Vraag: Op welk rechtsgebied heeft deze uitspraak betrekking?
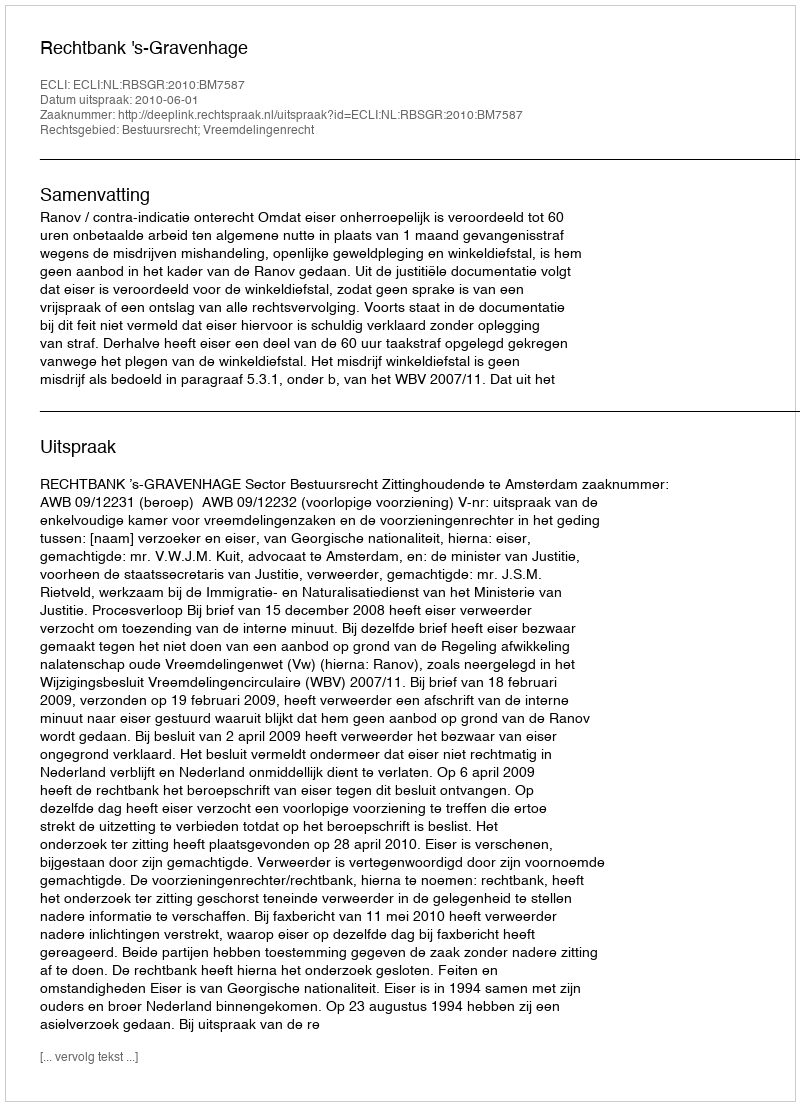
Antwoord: Bestuursrecht; Vreemdelingenrecht